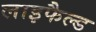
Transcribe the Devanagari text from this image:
लाइफैल्ड